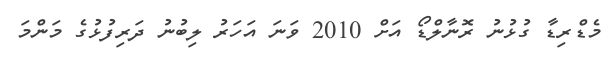
މެޑްރިޑާ ގުޅުނު ރޮނާލްޑޯ އަށް 2010 ވަނަ އަހަރު ލިބުނު ދަރިފުޅުގެ މަންމަ